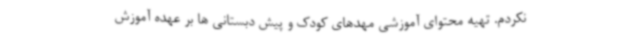
نکردم. تهیه محتوای آموزشی مهدهای کودک و پیش دبستانی ها بر عهده آموزش